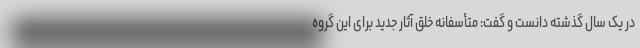
در یک سال گذشته دانست و گفت: متأسفانه خلق آثار جدید برای این گروه